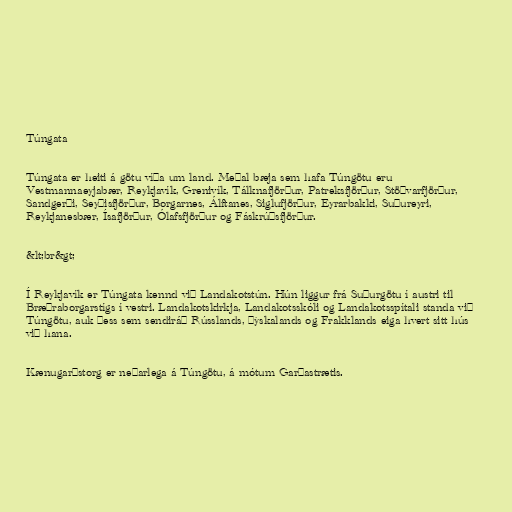
Túngata

Túngata er heiti á götu víða um land. Meðal bæja sem hafa Túngötu eru
Vestmannaeyjabær, Reykjavík, Grenivík, Tálknafjörður, Patreksfjörður, Stöðvarfjörður,
Sandgerði, Seyðisfjörður, Borgarnes, Álftanes, Siglufjörður, Eyrarbakki, Suðureyri,
Reykjanesbær, Ísafjörður, Ólafsfjörður og Fáskrúðsfjörður.

&lt;br&gt;

Í Reykjavík er Túngata kennd við Landakotstún. Hún liggur frá Suðurgötu í austri til
Bræðraborgarstígs í vestri. Landakotskirkja, Landakotsskóli og Landakotsspítali standa við
Túngötu, auk þess sem sendiráð Rússlands, Þýskalands og Frakklands eiga hvert sitt hús
við hana.

Kænugarðstorg er neðarlega á Túngötu, á mótum Garðastrætis.